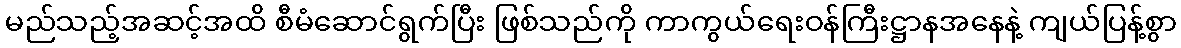
မည်သည့်အဆင့်အထိ စီမံဆောင်ရွက်ပြီး ဖြစ်သည်ကို ကာကွယ်ရေးဝန်ကြီးဋ္ဌာနအနေနဲ့ ကျယ်ပြန့်စွာ